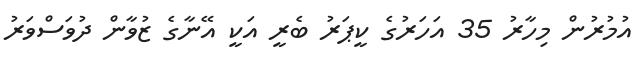
އުމުރުން މިހާރު 35 އަހަރުގެ ކީޕަރު ބެރީ އަކީ އޭނާގެ ޒުވާން ދުވަސްވަރު